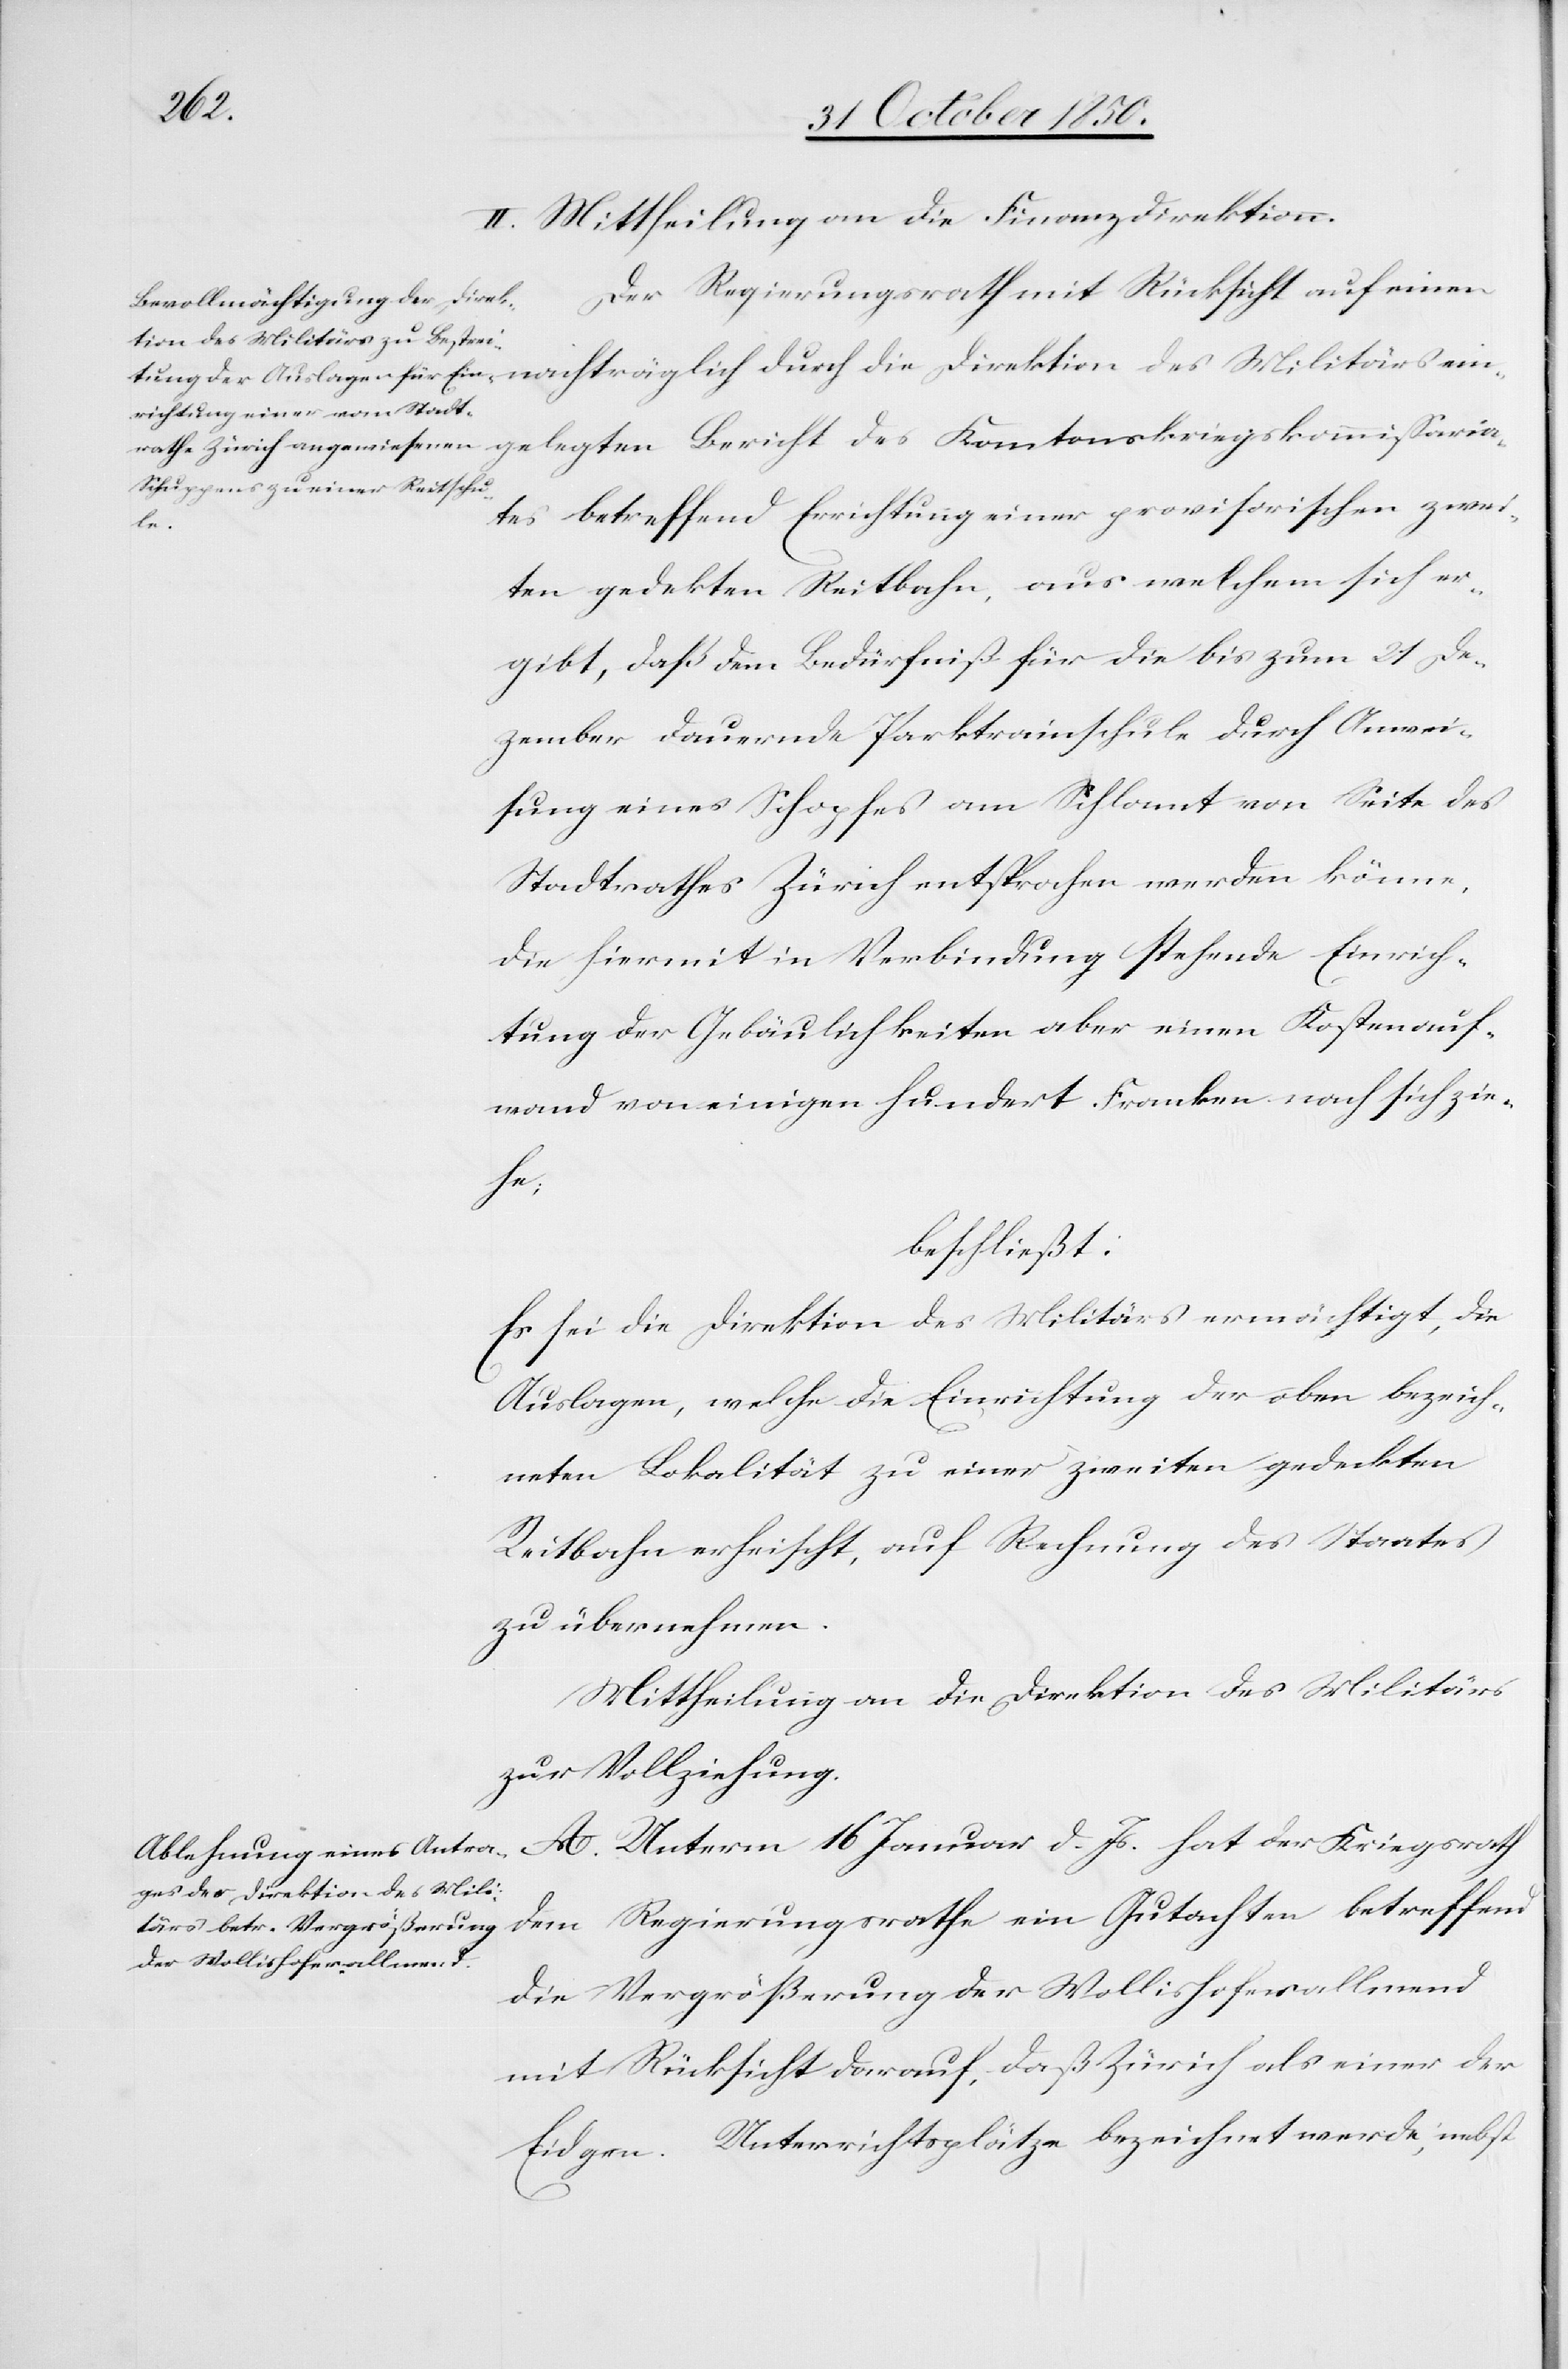
II. Mittheilung an die Finanzdirektion.
betreffend Einrichtung einer provisorischen zwei¬
ten gedekten Reitbahn, aus welchem sich er¬
gibt, daß dem Bedürfniß für die bis zum 21 De¬
zember dauernde Parktrainschule durch Anwei¬
sung eines Schopfes am Schlamt von Seite des
Stadtrathes Zürich entsprochen werden könne,
die hiermit in Verbindung stehende Einrich¬
tung der Gebäulichkeiten aber einen Kostenauf¬
wand von einigen hundert Franken nach sich zie¬
he;
beschließt:
Es sei die Direktion des Militärs ermächtigt, die
Auslagen, welche die Einrichtung der oben bezeich¬
neten Lokalität zu einer zweiten gedeckte
Reitbahn erheischt, auf Rechnung des Staates
zu übernehmen.
Mittheilung an die Direktion des Militärs
zur Vollziehung.
A. Unterm 16 Januar d. Js. hat der Kriegsrath
durch die Direktion des Mili¬
dem Regierungsrathe ein Gutachten betreffend
die Vergrößerung der Wollishoferallmend
mit Rücksicht darauf, daß Zürich als einer der
Eidgen. Unterrichtsplätze bezeichnet werde, nebst